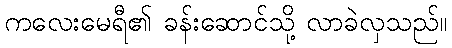
ကလေးမေရီ၏ ခန်းဆောင်သို့ လာခဲလှသည်။